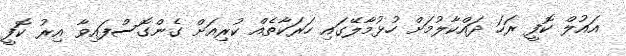
އައުލް ކޮފީ ރަހަ ދައްކާލުމަށް ހުޅުމާލޭގައި ހަރަކާތެއް ކުރިއަށް ގެންގޮސްފައިވާ އިރު ކޮފީ